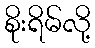
စိုးရိမ်လို့